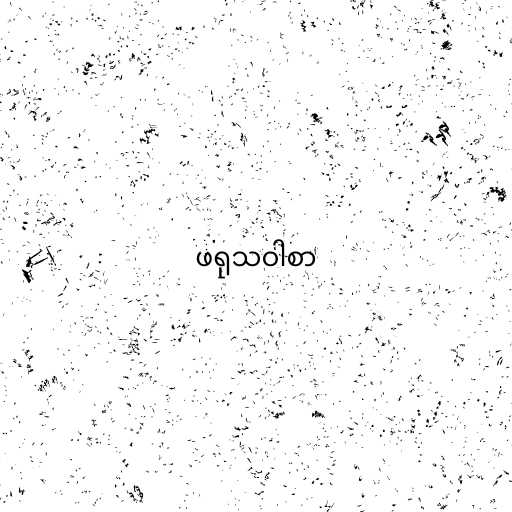
ဖရုသဝါစာ